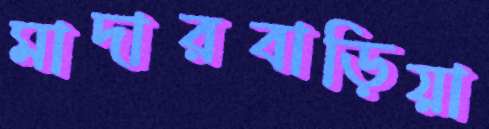
মাদারবাড়িয়া